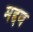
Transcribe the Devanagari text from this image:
मद्दव